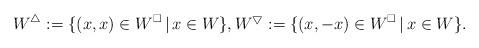
LaTeX: \begin{align*} W^{\triangle} := \{ (x,x) \in W^{\square} \, | \, x \in W \}, W^{\bigtriangledown} := \{ (x,-x) \in W^{\square} \, | \, x \in W \}.\end{align*}